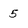
Character: 5